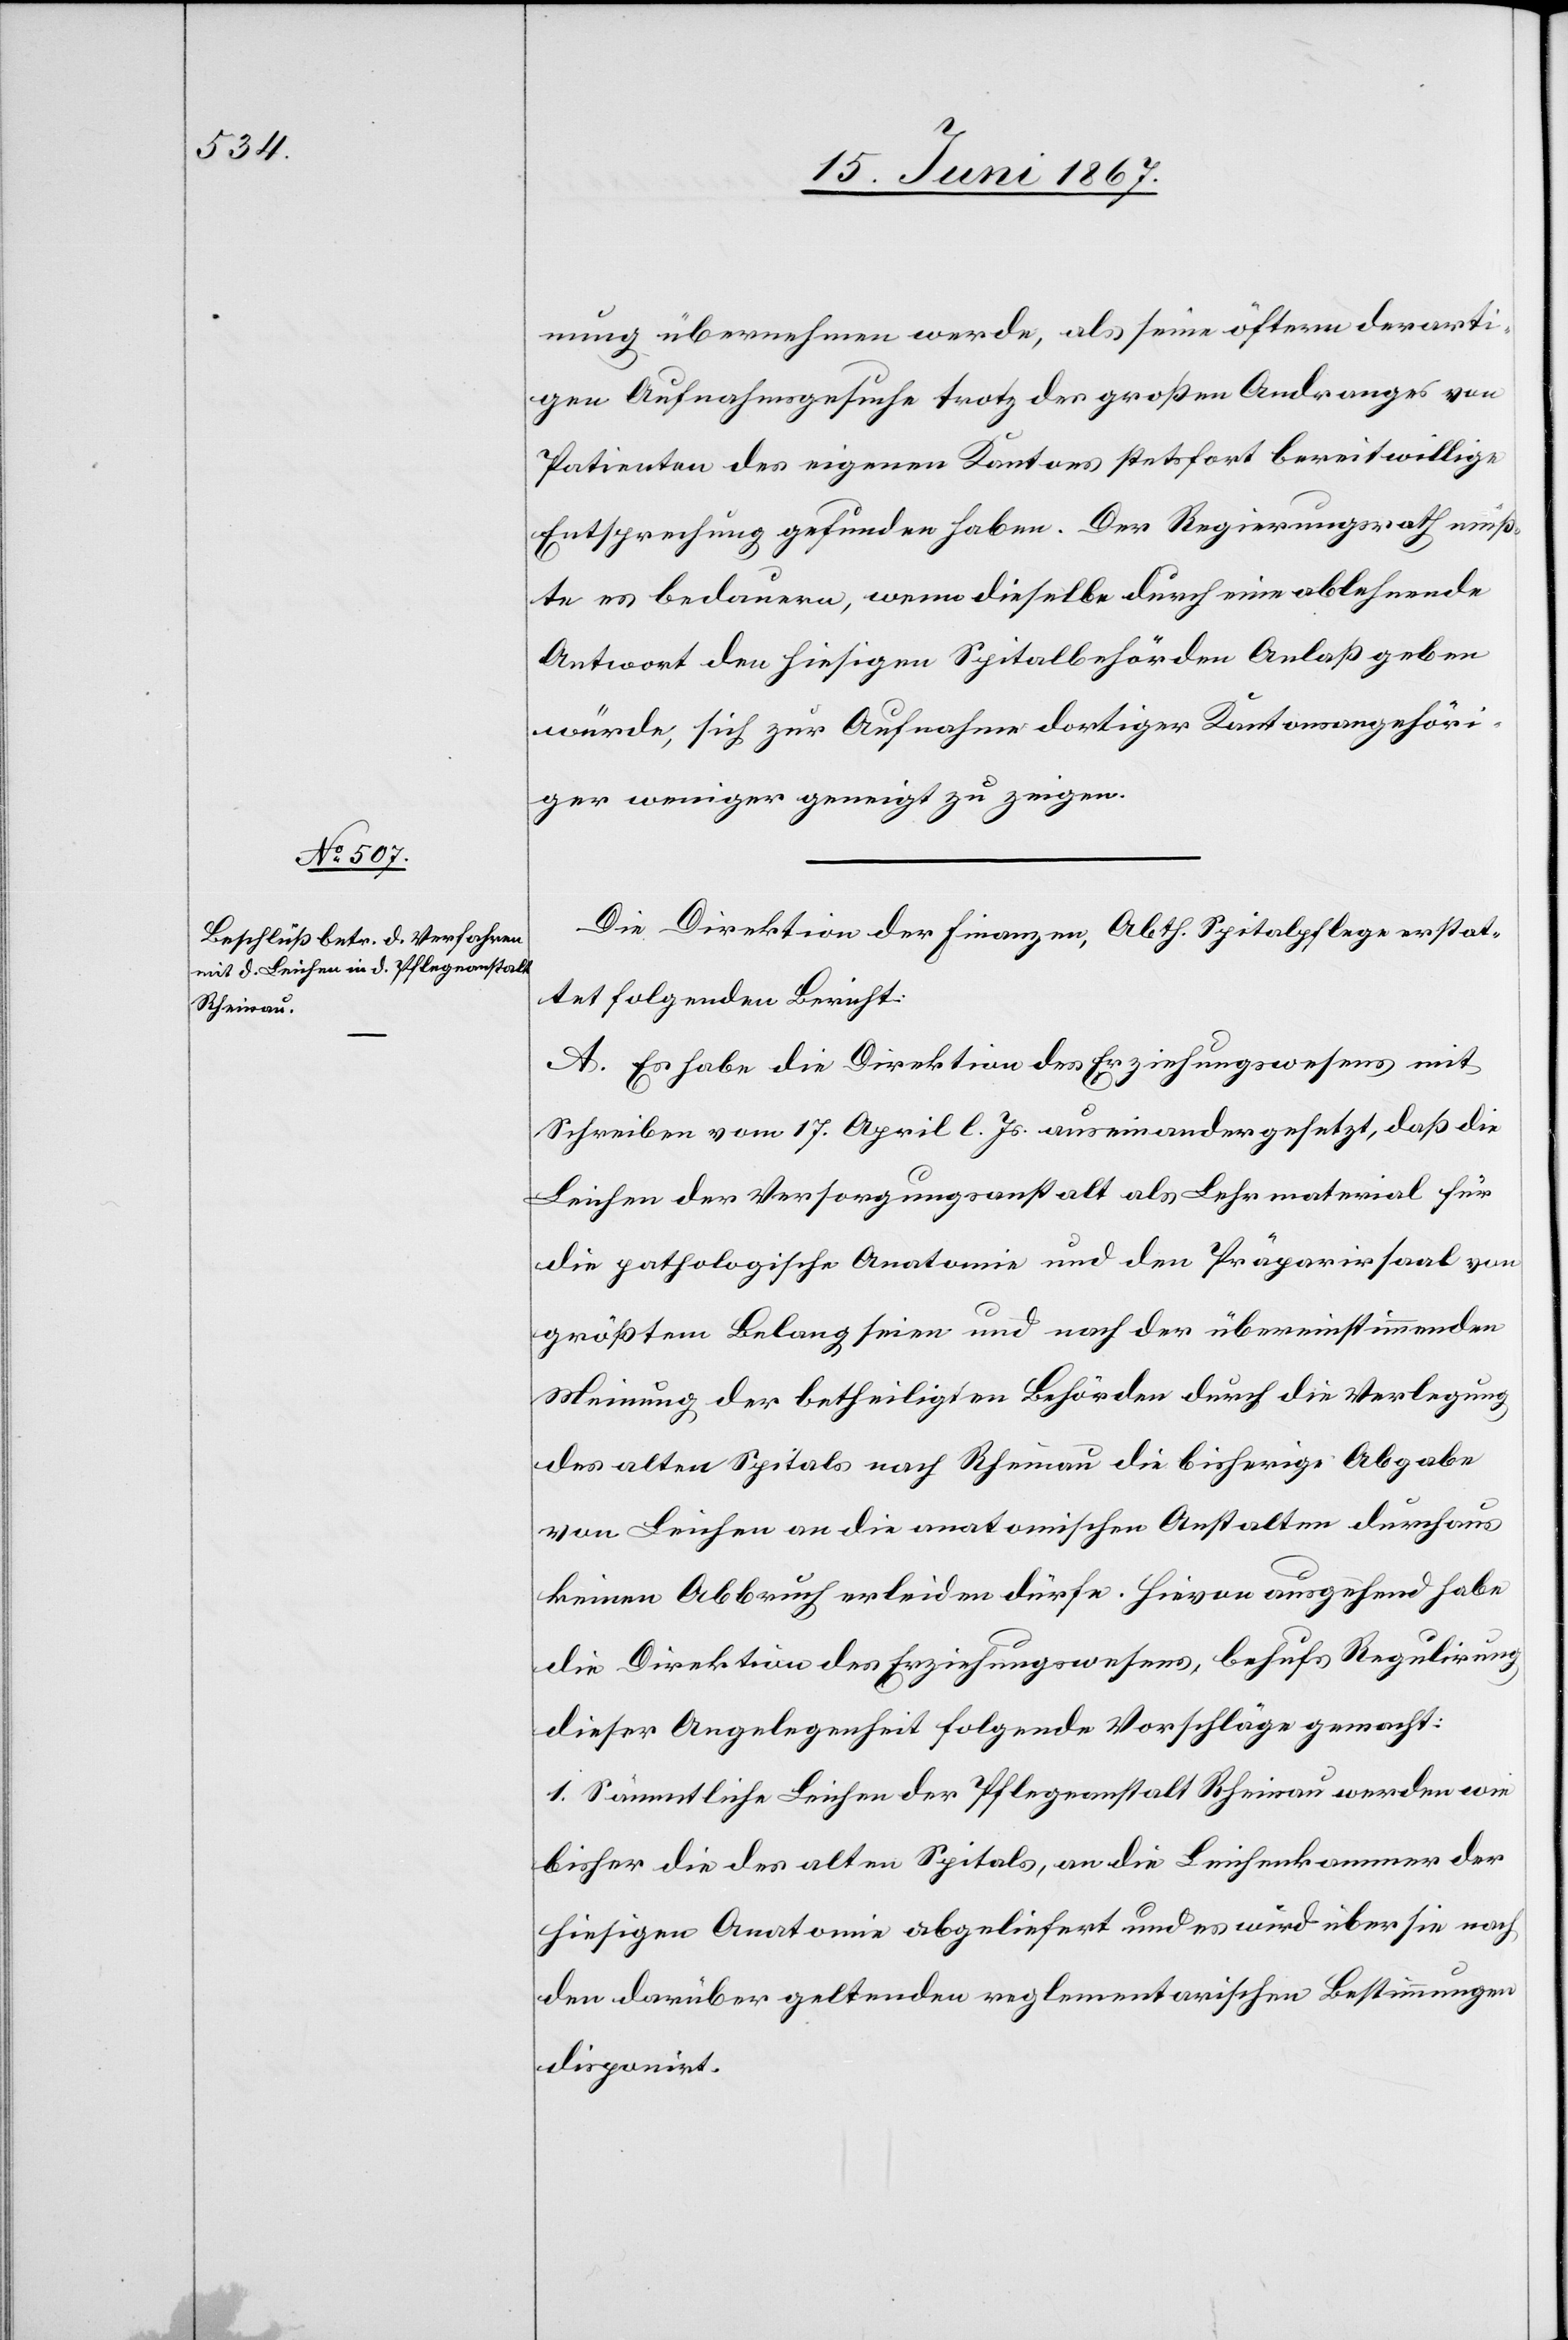
nung übernehmen werde, als seine öftern derarti¬
gen Aufnahmsgesuche trotz des großen Andrangs von
Patienten des eigenen Kantons stetsfort bereitwillige
Entsprechung gefunden haben. Der Regierungsrath müß¬
te es bedauern, wenn dieselbe durch eine ablehnende
Antwort den hiesigen Spitalbehörden Anlaß geben
würde, sich zu Aufnahme dortiger Kantonsangehöri¬
ger weniger geneigt zu zeigen.
Die Direktion der Finanzen, Abth. Spitalpflege erstat¬
tet folgenden Bericht:
A. Es habe die Direktion des Erziehungswesens mit
Schreiben vom 17. April l. Js. auseinandergesetzt, daß die
Leichen der Versorgungsanstalt als Lehrmaterial für
die pathologische Anatomie und den Präpariersaal von
größtem Belang seien und nach der übereinstimmenden
Meinung der betheiligten Behörden durch die Verlegung
des alten Spitals nach Rheinau die bisherige Abgabe
von Leichen an die anatomischen Anstalten durchaus
keinen Abbruch erleiden dürfe. Hievon ausgehend habe
die Direktion des Erziehungswesens, behufs Regulirung
dieser Angelegenheit folgende Vorschläge gemacht:
1. Sämmtliche Leichen der Pflegeanstalt Rheinau werden wie
bisher die des alten Spitals, an die Leichenkammer der
hiesigen Anatomie abgeliefert und es wird über sie nach
den darüber geltenden reglementarischen Bestimmungen
disponirt.